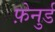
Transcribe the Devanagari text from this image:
फ़ेनुर्ड